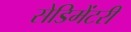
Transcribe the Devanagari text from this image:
सेडिमेंटरी